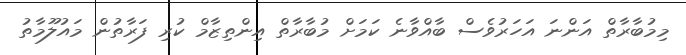
މިމުބާރާތް އަންނަ އަހަރުވެސް ބާއްވާނެ ކަމަށް މުބާރާތް އިންތިޒާމް ކުރި ފަރާތުން މައުލޫމާތު